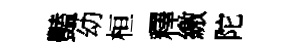
豔幼桓釋繳陀